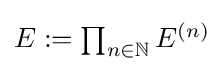
\textstyle E:=\prod _{n\in \mathbb {N} }E^{(n)}